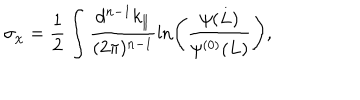
\sigma _ { \chi } = \frac { 1 } { 2 } \int \frac { d ^ { n - 1 } k _ { \| } } { ( 2 \pi ) ^ { n - 1 } } \ln \left( \frac { \psi ( L ) } { \psi ^ { ( 0 ) } ( L ) } \right) ,